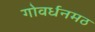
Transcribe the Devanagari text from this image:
गोवर्धनमठ